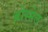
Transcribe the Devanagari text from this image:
ब्रोस्सेल